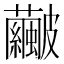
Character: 𥀹